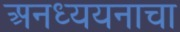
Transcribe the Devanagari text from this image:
अनध्ययनाचा